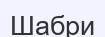
Шабри